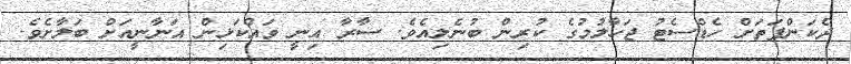
ދެކަންފަތަށް ހެޑްސެޓު ޖަހާލުމުގެ ކުރިން ބުނެލިއެވެ. ސާރާ އިނީ ވައްކަޅިން އަނާނީއަށް ބަލާށެވެ.